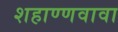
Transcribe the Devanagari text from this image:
शहाण्णवावा